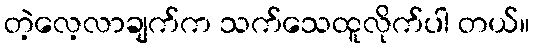
တဲ့လေ့လာချက်က သက်သေထူလိုက်ပါ တယ်။